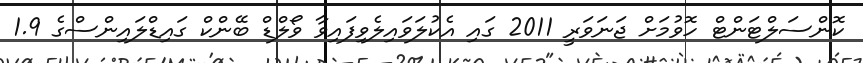
ކޮންސަލްޓަންޓް ހޮވުމަށް ޖަނަވަރީ 2011 ގައި އެކުލަވައިލެވިފައިވާ ވޯލްޑް ބޭންކް ގައިޑްލައިންސްގެ 1.9